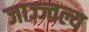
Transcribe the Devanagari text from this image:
जाज्ज्वल्य